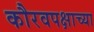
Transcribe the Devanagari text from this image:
कौरवपक्षाच्या